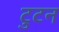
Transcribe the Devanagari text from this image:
टुटन